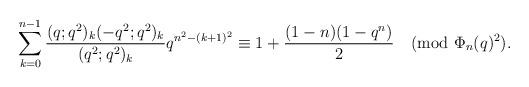
LaTeX: \begin{align*}\sum_{k=0}^{n-1}\frac{(q;q^2)_k(-q^2;q^2)_k}{(q^2;q^2)_k}q^{n^2-(k+1)^2}\equiv 1+\frac{(1-n)(1-q^n)}{2} \pmod{\Phi_n(q)^2}.\end{align*}